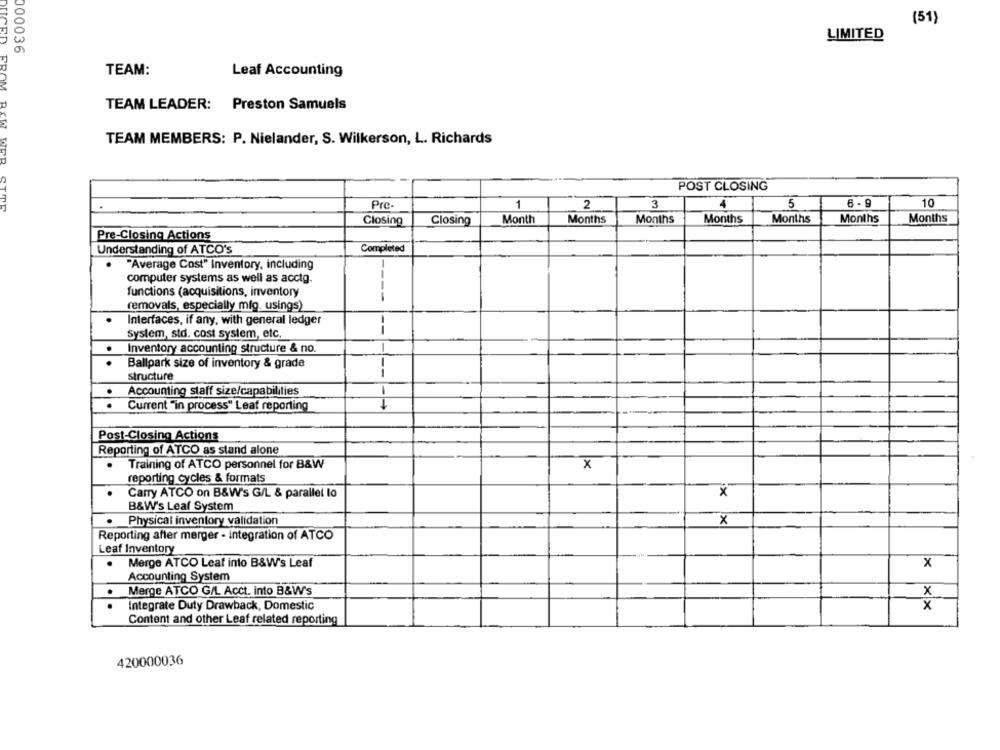
(51)
LIMITED
000036
TEAM:
Leaf Accounting
DUCED FROM
TEAM LEADER: Preston Samuels
TEAM MEMBERS: P. Nielander, S. Wilkerson, L. Richards
POST CLOSING
6 - 9
10
Pre-
1
2
3
5
Closing
Closing
Month
Months
Months
Months
Months
Months
Months
Pre-Closing Actions
Understanding of ATCO's
Completed
"Average Cost" Inventory, including
--
computer systems as well as acctg.
functions (acquisitions, inventory
removals, especially mig. usings)
Interfaces, if any, with general ledger
System, std. cost system, etc.
.
Inventory accounting structure & no.
.
Ballpark size of inventory & grade
structure
.
Accounting staff size/capabilities
.
Current "in process" Leat reporting
Post-Closing Actions
Reporting of ATCO as stand alone
Training of ATCO personnel for B&W
x
reporting cycles & formats
Carry ATCO on B&W's G/L & parallel lo
x
B&W's Leaf System
Physical inventory validation
X
Reporting after merger - integration of ATCO
Leaf Inventory
Merge ATCO Leaf into B&W's Leaf
X
Accounting System
.
Merge ATCO G/L Acct. into B&W's
X
Integrate Duty Drawback, Domestic
x
Content and other Leaf related reporting
420000036